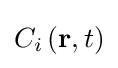
C_{i}\left(\mathbf {r} ,t\right)